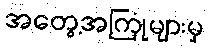
အတွေ့အကြုံများမှ